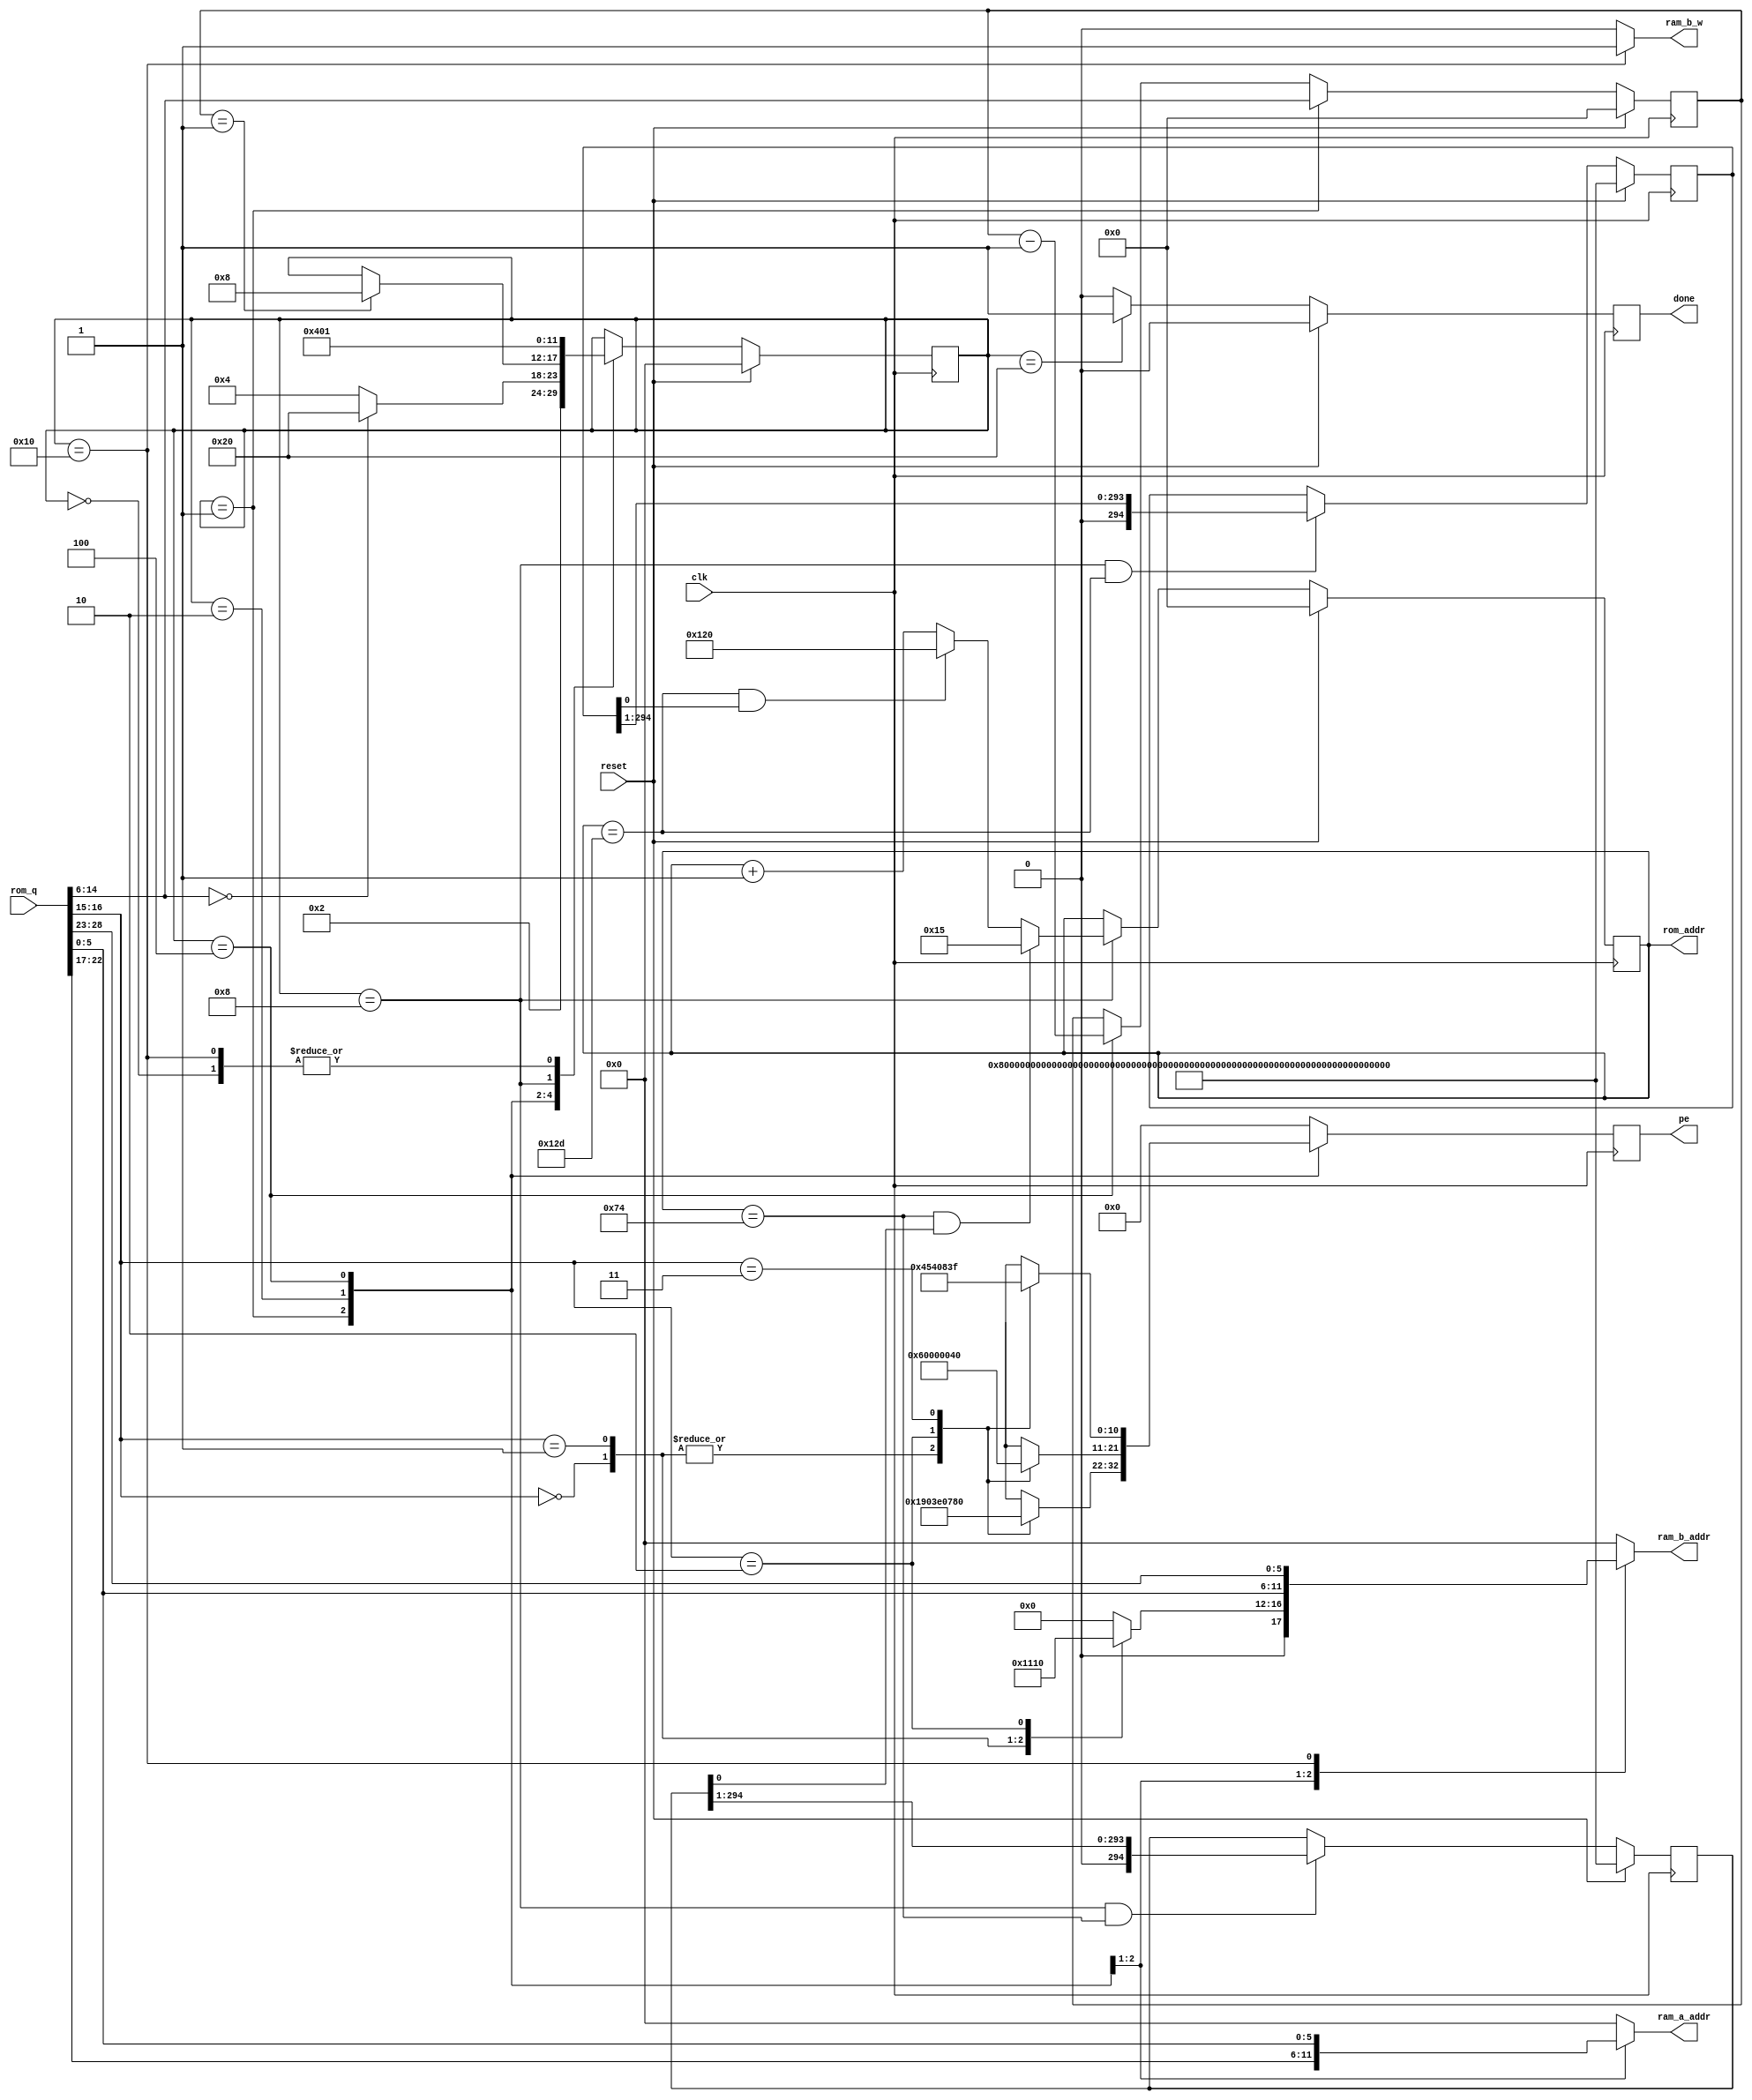
`define M     593         // M is the degree of the irreducible polynomial
`define WIDTH (2*`M-1)    // width for a GF(3^M) element
`define WIDTH_D0 1187
`define M     593         // M is the degree of the irreducible polynomial
`define WIDTH (2*`M-1)    // width for a GF(3^M) element
`define WIDTH_D0 1187
`define M     593         // M is the degree of the irreducible polynomial
`define WIDTH (2*`M-1)    // width for a GF(3^M) element
`define WIDTH_D0 1187
`define M     593         // M is the degree of the irreducible polynomial
`define WIDTH (2*`M-1)    // width for a GF(3^M) element
`define WIDTH_D0 1187
`define M     593         // M is the degree of the irreducible polynomial
`define WIDTH (2*`M-1)    // width for a GF(3^M) element
`define WIDTH_D0 1187

module FSM(clk, reset, rom_addr, rom_q, ram_a_addr, ram_b_addr, ram_b_w, pe, done);
    input clk;
    input reset;
    output reg [8:0] rom_addr; /* command id. extra bits? */
    input [28:0] rom_q; /* command value */
    output reg [5:0] ram_a_addr;
    output reg [5:0] ram_b_addr;
    output ram_b_w;
    output reg [10:0] pe;
    output reg done;
    
    reg [5:0] state;
    parameter START=0, READ_SRC1=1, READ_SRC2=2, CALC=4, WAIT=8, WRITE=16, DON=32;
	
    wire [5:0] dest, src1, src2; wire [8:0] times; wire [1:0] op;
    assign {dest, src1, op, times, src2} = rom_q;

    reg [8:0] count;
	
    always @ (posedge clk)
       if (reset) 
          state<=START; 
       else 
          case (state)
             START:
                state<=READ_SRC1;
             READ_SRC1:
                state<=READ_SRC2;
             READ_SRC2:
                if (times==0) state<=DON; else state<=CALC;
             CALC:
                if (count==1) state<=WAIT;
             WAIT:
                state<=WRITE;
             WRITE:
                state<=READ_SRC1;
          endcase

    /* we support two loops */
    parameter  LOOP1_START = 9'd21,
               LOOP1_END   = 9'd116,
               LOOP2_START = 9'd288,
               LOOP2_END   = 9'd301;
    reg [294:0] loop1, loop2;
	
	always @ (posedge clk)
	   if (reset) rom_addr<=0;
	   else if (state==WAIT)
          begin
             if(rom_addr == LOOP1_END && loop1[0])
                rom_addr <= LOOP1_START;
             else if(rom_addr == LOOP2_END && loop2[0])
                rom_addr <= LOOP2_START;
             else
                rom_addr <= rom_addr + 1'd1; 
	      end
	
	always @ (posedge clk)
	   if (reset) loop1 <= ~0;
	   else if(state==WAIT && rom_addr==LOOP1_END)
          loop1 <= loop1 >> 1;
	
	always @ (posedge clk)
	   if (reset) loop2 <= ~0;
	   else if(state==WAIT && rom_addr==LOOP2_END)
          loop2 <= loop2 >> 1;

	always @ (posedge clk)
	   if (reset)
          count <= 0;
	   else if (state==READ_SRC1)
          count <= times;
	   else if (state==CALC)
          count <= count - 1'd1;
	
	always @ (posedge clk)
	   if (reset) done<=0;
	   else if (state==DON) done<=1;
	   else done<=0;
	 
    always @ (state, src1, src2)
       case (state)
       READ_SRC1: ram_a_addr=src1;
       READ_SRC2: ram_a_addr=src2;
       default: ram_a_addr=0;
       endcase
    
    parameter CMD_ADD=6'd4, CMD_SUB=6'd8, CMD_CUBIC=6'd16,
              ADD=2'd0, SUB=2'd1, CUBIC=2'd2, MULT=2'd3;

    always @ (posedge clk)
       case (state)
       READ_SRC1:
          case (op)
          ADD:   pe<=11'b11001000000;
          SUB:   pe<=11'b11001000000;
          CUBIC: pe<=11'b11111000000;
          MULT:  pe<=11'b11110000000;
          default: pe<=0;
          endcase
       READ_SRC2:
          case (op)
          ADD:   pe<=11'b00110000000;
          SUB:   pe<=11'b00110000000;
          CUBIC: pe<=0;
          MULT:  pe<=11'b00001000000;
          default: pe<=0;
          endcase
       CALC:
          case (op)
          ADD:   pe<=11'b00000010001;
          SUB:   pe<=11'b00000010001;
          CUBIC: pe<=11'b01010000001;
          MULT:  pe<=11'b00000111111;
          default: pe<=0;
          endcase
       default: 
          pe<=0;
       endcase

    always @ (state, op, src2, dest)
       case (state)
       READ_SRC1: 
          case (op)
          ADD: ram_b_addr=CMD_ADD;
          SUB: ram_b_addr=CMD_SUB;
          CUBIC: ram_b_addr=CMD_CUBIC;
          default: ram_b_addr=0;
          endcase
       READ_SRC2: ram_b_addr=src2;
       WRITE: ram_b_addr=dest;
       default: ram_b_addr=0;
       endcase

    assign ram_b_w = (state==WRITE) ? 1'b1 : 1'b0;
endmodule